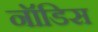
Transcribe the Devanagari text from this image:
नॉडिस